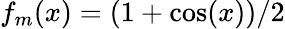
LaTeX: f_{m}(x)=(1+\cos(x))/2